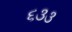
૬૩૩